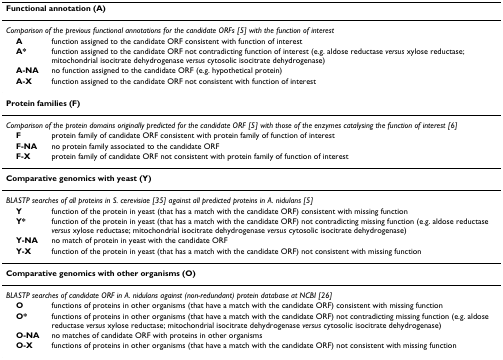
<table><thead><tr><td colspan="2"><b>Functional annotation (A)</b></td></tr></thead><tbody><tr><td colspan="2"><i>Comparison of the previous functional annotations for the candidate ORFs [5] with the function of interest</i></td></tr><tr><td> <b>A</b></td><td>function assigned to the candidate ORF consistent with function of interest</td></tr><tr><td> <b>A*</b></td><td>function assigned to the candidate ORF not contradicting function of interest (e.g. aldose reductase <i>versus </i>xylose reductase; mitochondrial isocitrate dehydrogenase <i>versus </i>cytosolic isocitrate dehydrogenase)</td></tr><tr><td> <b>A-NA</b></td><td>no function assigned to the candidate ORF (e.g. hypothetical protein)</td></tr><tr><td> <b>A-X</b></td><td>function assigned to the candidate ORF not consistent with function of interest</td></tr><tr><td colspan="2"><b>Protein families (F)</b></td></tr><tr><td colspan="2"><i>Comparison of the protein domains originally predicted for the candidate ORF [5] with those of the enzymes catalysing the function of interest [6]</i></td></tr><tr><td> <b>F</b></td><td>protein family of candidate ORF consistent with protein family of function of interest</td></tr><tr><td> <b>F-NA</b></td><td>no protein family associated to the candidate ORF</td></tr><tr><td> <b>F-X</b></td><td>protein family of candidate ORF not consistent with protein family of function of interest</td></tr><tr><td colspan="2"><b>Comparative genomics with yeast (Y)</b></td></tr><tr><td colspan="2"><i>BLASTP searches of all proteins in S. cerevisiae [35] against all predicted proteins in A. nidulans [5]</i></td></tr><tr><td> <b>Y</b></td><td>function of the protein in yeast (that has a match with the candidate ORF) consistent with missing function</td></tr><tr><td> <b>Y*</b></td><td>function of the protein in yeast (that has a match with the candidate ORF) not contradicting missing function (e.g. aldose reductase <i>versus </i>xylose reductase; mitochondrial isocitrate dehydrogenase <i>versus </i>cytosolic isocitrate dehydrogenase)</td></tr><tr><td> <b>Y-NA</b></td><td>no match of protein in yeast with the candidate ORF</td></tr><tr><td> <b>Y-X</b></td><td>function of the protein in yeast (that has a match with the candidate ORF) not consistent with missing function</td></tr><tr><td colspan="2"><b>Comparative genomics with other organisms (O)</b></td></tr><tr><td colspan="2"><i>BLASTP searches of candidate ORF in A. nidulans against (non-redundant) protein database at NCBI [26]</i></td></tr><tr><td> <b>O</b></td><td>functions of proteins in other organisms (that have a match with the candidate ORF) consistent with missing function</td></tr><tr><td> <b>O*</b></td><td>functions of proteins in other organisms (that have a match with the candidate ORF) not contradicting missing function (e.g. aldose reductase <i>versus </i>xylose reductase; mitochondrial isocitrate dehydrogenase <i>versus </i>cytosolic isocitrate dehydrogenase)</td></tr><tr><td> <b>O-NA</b></td><td>no matches of candidate ORF with proteins in other organisms</td></tr><tr><td> <b>O-X</b></td><td>functions of proteins in other organisms (that have a match with the candidate ORF) not consistent with missing function</td></tr></tbody></table>